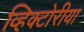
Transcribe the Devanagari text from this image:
व्हिक्टोरीया